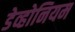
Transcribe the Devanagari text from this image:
डेव्होनियम